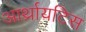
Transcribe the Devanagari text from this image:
आर्थ्रायटिस